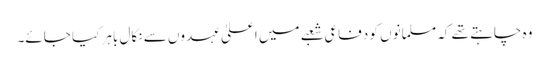
وہ چاہتے تھے کہ مسلمانوں کو دفاعی شعبے میں اعلیٰ عہدوں سے نکال باہر کیا جائے۔